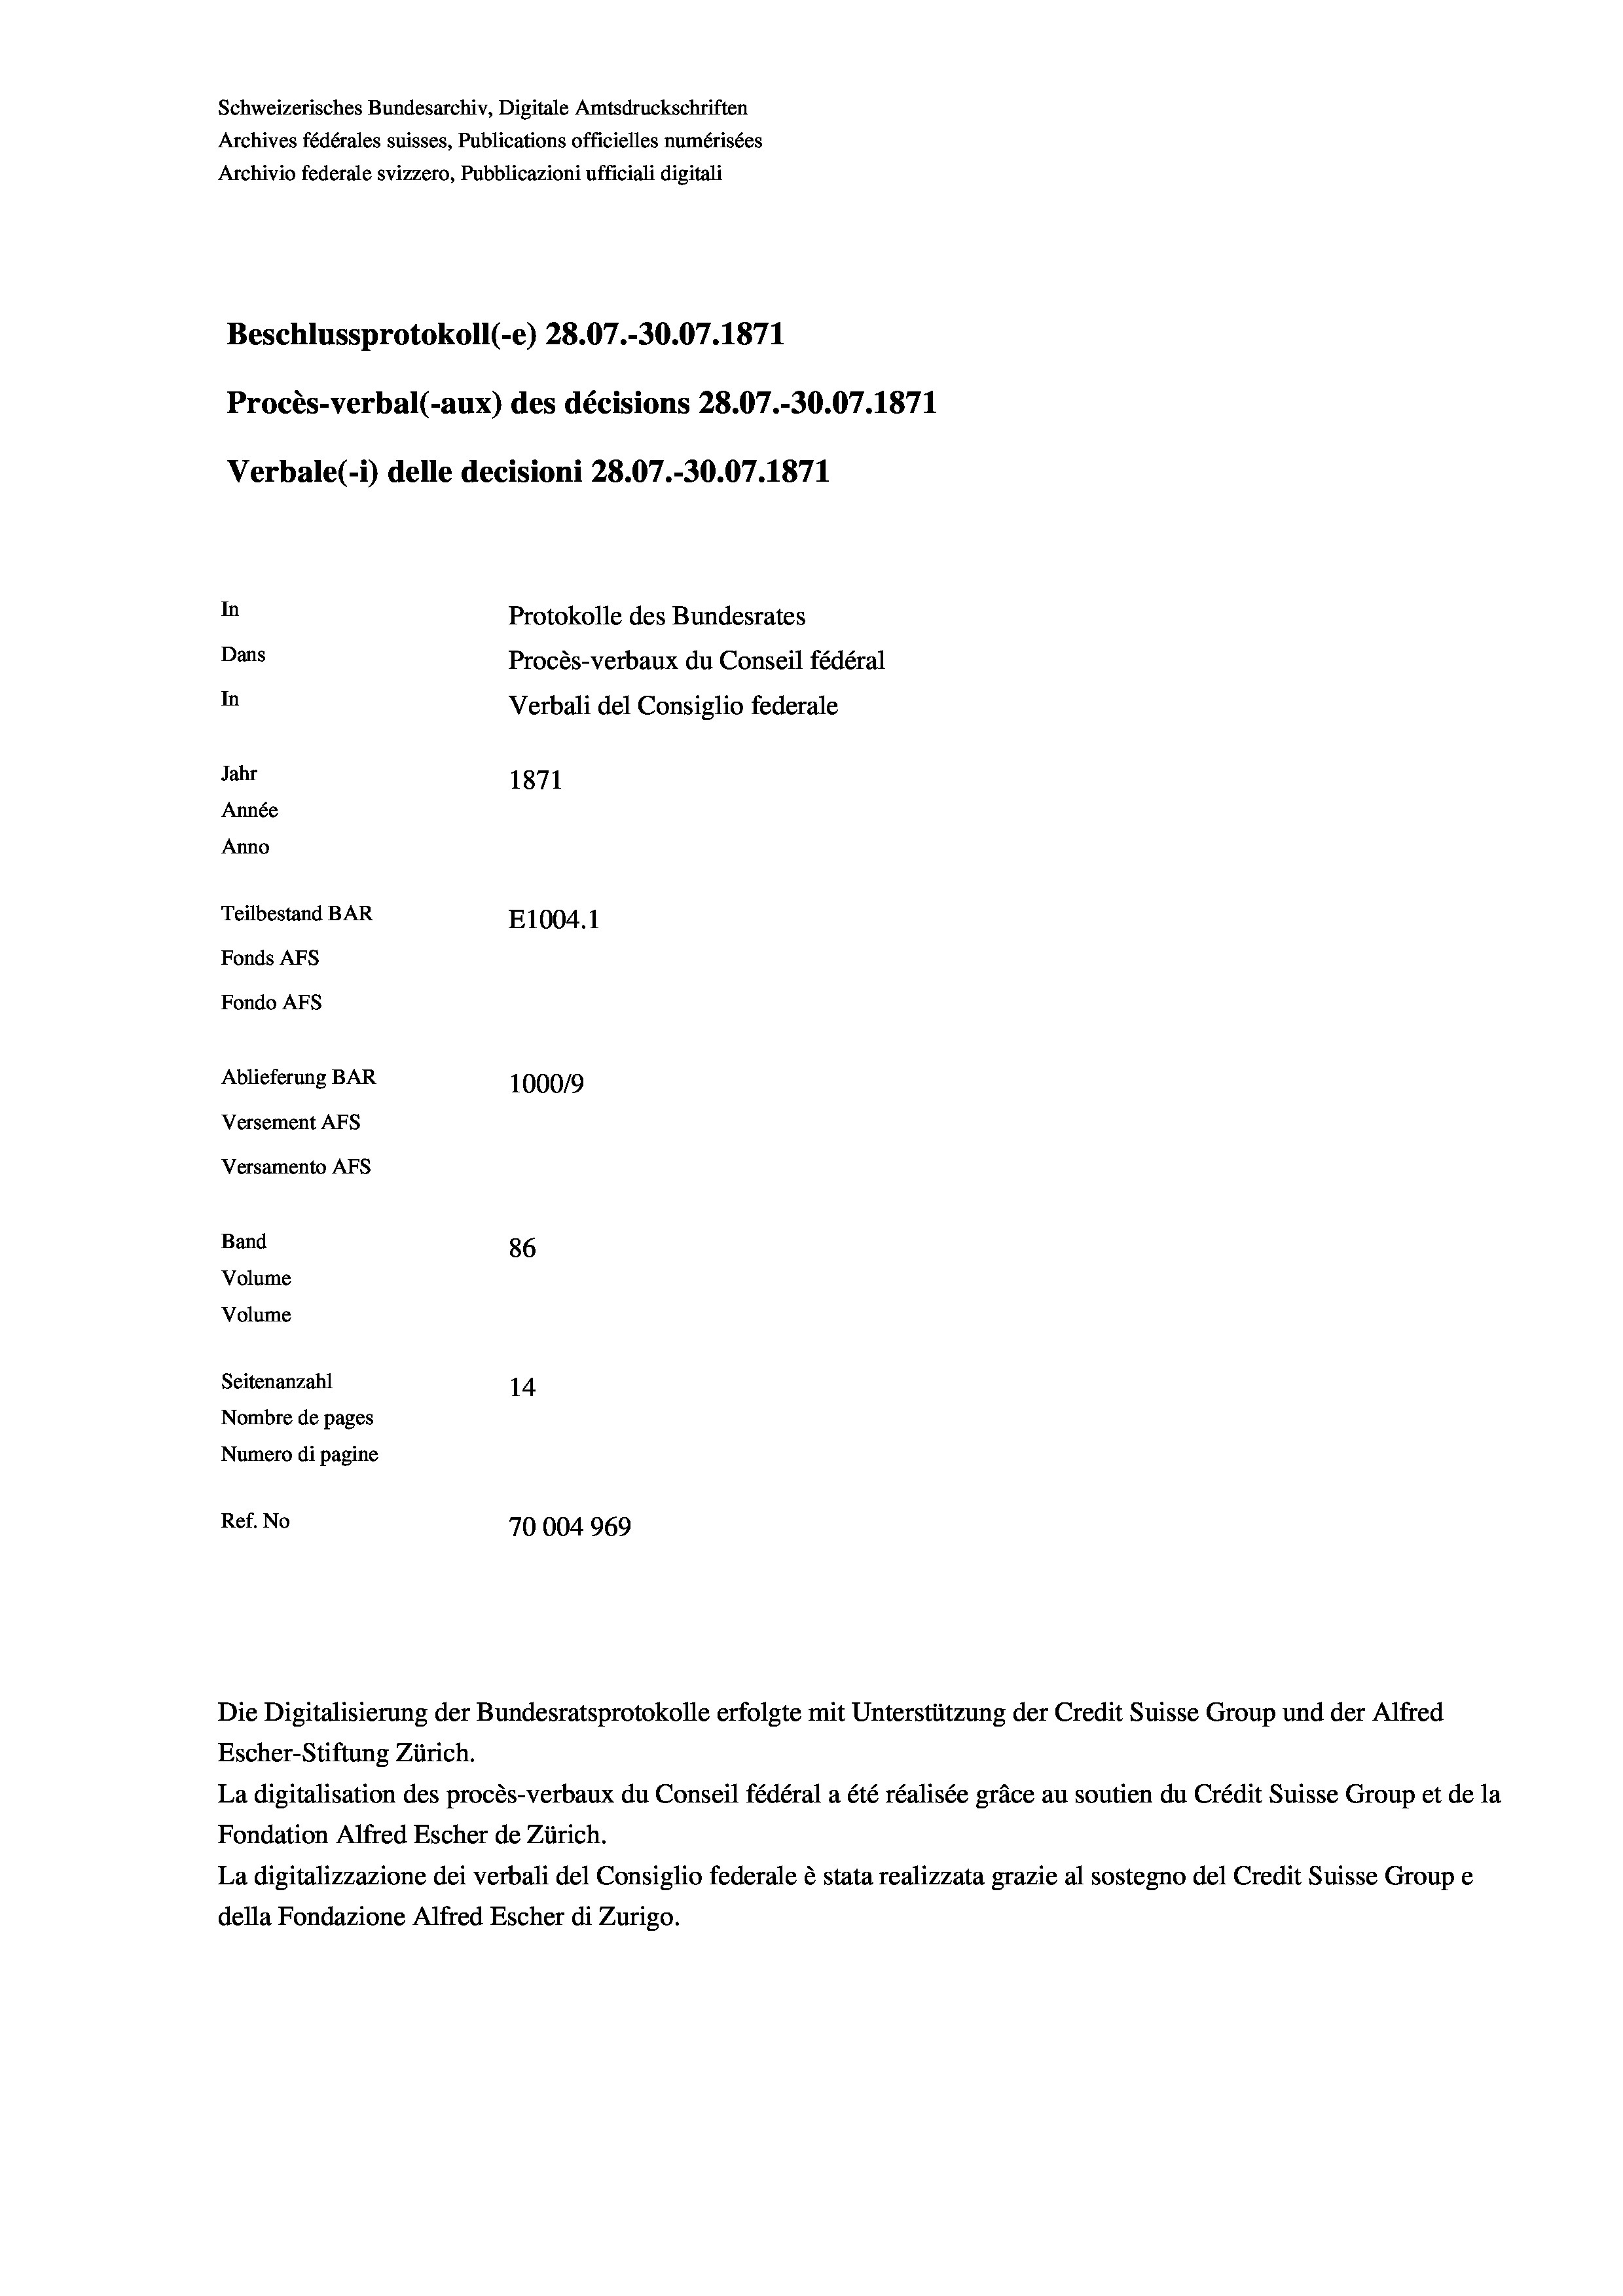
Schweizerisches Bundesarchiv, Digitale Amtsdruckschriften
Archives fédérales suisses, Publications officielles numérisées
Archivio federale svizzero, Pubblicazioni ufficiali digitali
Beschlussprotokoll (-e) 28.07.-30.07. 1871
Procès-verbal (-aux) des décisions 28.07.-30.07. 1871
Verbale(1) delle decisioni 28.07.-30.07. 1871
In
Protokolle des Bundesrates
Dans
Procès-verbaux du Conseil fédéral
In
Verbali del Consiglio federale
Jahr
1871
Année
Anno
Teilbestand BAR
E1004.1
Fonds Afs
Fondo Afs
Ablieferung BAR
100019
Versement Ans
Versamento Afs
Band
86
Volume
Volume
Seitenanzahl
14
Nombre de pages
Numero di pagine
Ref. No
70004969

Die Digitalisierung der Bundesratsprotokolle erfolgte mit Unterstützung der Credit Suisse Group und der Alfred
Escher-Stiftung Zürich.
La digitalisation des procès-verbaux du Conseil fédéral a été réalisée gräce au soutien du Crédit Suisse Group et de la
Fondation Alfred Escher de Zürich.
La digitalizzazione dei verbali del Consiglio federale è stata realizzata grazie al sostegno del Credit Suisse Groupe
della Fondazione Alfred Escher di Zurigo.